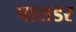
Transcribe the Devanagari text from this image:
पासडर